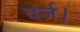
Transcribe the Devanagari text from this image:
दर्ज।